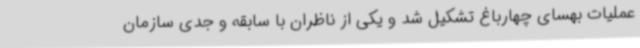
عملیات بهسای چهارباغ تشکیل شد و یکی از ناظران با سابقه و جدی سازمان